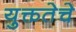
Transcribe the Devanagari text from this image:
युक्ततेचे